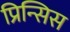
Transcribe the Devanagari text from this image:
प्रिन्सिस